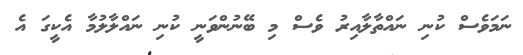
ނަމަވެސް ކުނި ނައްތާލާއިރު ވެސް މި ބޭނުންވަނީ ކުނި ނައްލާލުމާ އެކީގަ އެ